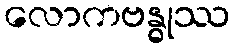
လောကဗန္ဓုဿ